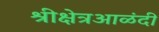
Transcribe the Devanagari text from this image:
श्रीक्षेत्रआळंदी